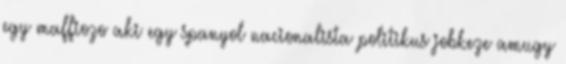
egy maffiozo aki egy spanyol nacionalista politikus jobkeze amugy